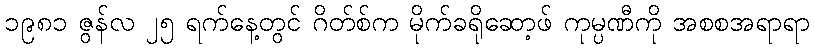
၁၉၈၁ ဇွန်လ ၂၅ ရက်နေ့တွင် ဂိတ်စ်က မိုက်ခရိုဆော့ဖ် ကုမ္ပဏီကို အစစအရာရာ